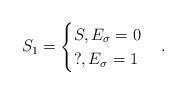
LaTeX: \begin{align*}S_1=\begin{cases}S,E_\sigma=0\\?,E_\sigma=1\end{cases}.\end{align*}